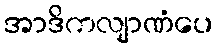
အာဒိကလျာဏံပေ